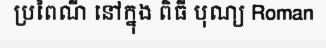
ប្រពៃណី នៅក្នុង ពិធី បុណ្យ Roman